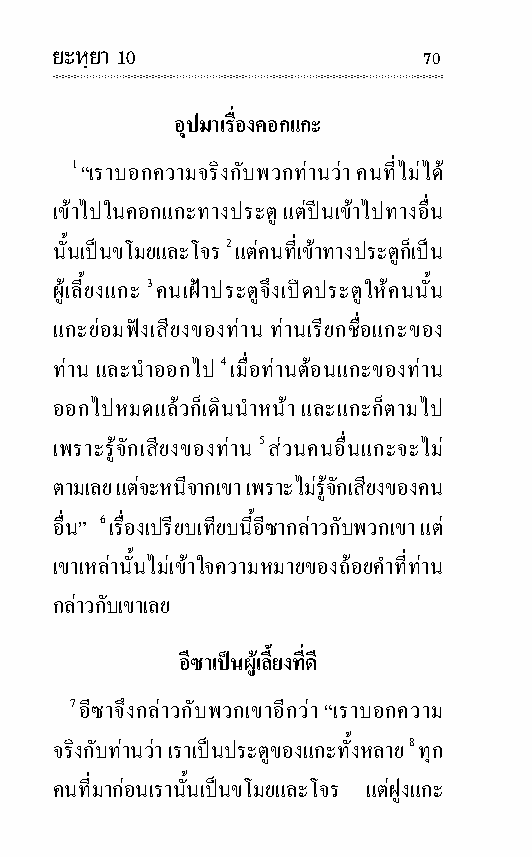
ยะหฺยา 10                70
 อุป มาเรื่องคอกแกะ
 1 “เราบอกความ จริงกับพวกทานวา คนที่ไมได
 เขาไปในคอกแกะทางประตู แตปนเขาไปทางอื่น
 นั้นเปนขโมยและโจร 2 แตคนที่เขาทางประตูก็เปน
 ผูเลี้ยงแกะ 3 คนเฝาประตูจึงเปดประตูใหคนนั้น
 แกะยอมฟงเสียงของทาน ทานเรียกชื่อแกะของ
 ทาน และนําออกไป 4 เมื่อทานตอนแกะของทาน
 ออกไปหมดแลวก็เดินนํา หนา และแกะก็ตามไป
 เพราะรู จักเสียงของทาน 5 สวนคน อื่นแกะจะไม
 ตามเลย แตจะหนีจากเขา เพราะไมรู จักเสียงของคน
 อื่น” 6 เรื่อง เปรียบเทียบนี้อีซากลาวกับพวกเขา แต
 เขาเหลา นั้นไมเขา ใจความ หมายของถอย คําที่ทาน
 กลาวกับเขาเลย
 อีซาเปนผู เลี้ยงที่ ดี
 7 อีซาจึงกลาวกับพวกเขาอีกวา “เราบอกความ
 จริงกับทานวา เราเปนประตูของแกะทั้ง หลาย 8 ทุก
 คนที่มากอนเรานั้นเปนขโมยและโจร แตฝูงแกะ